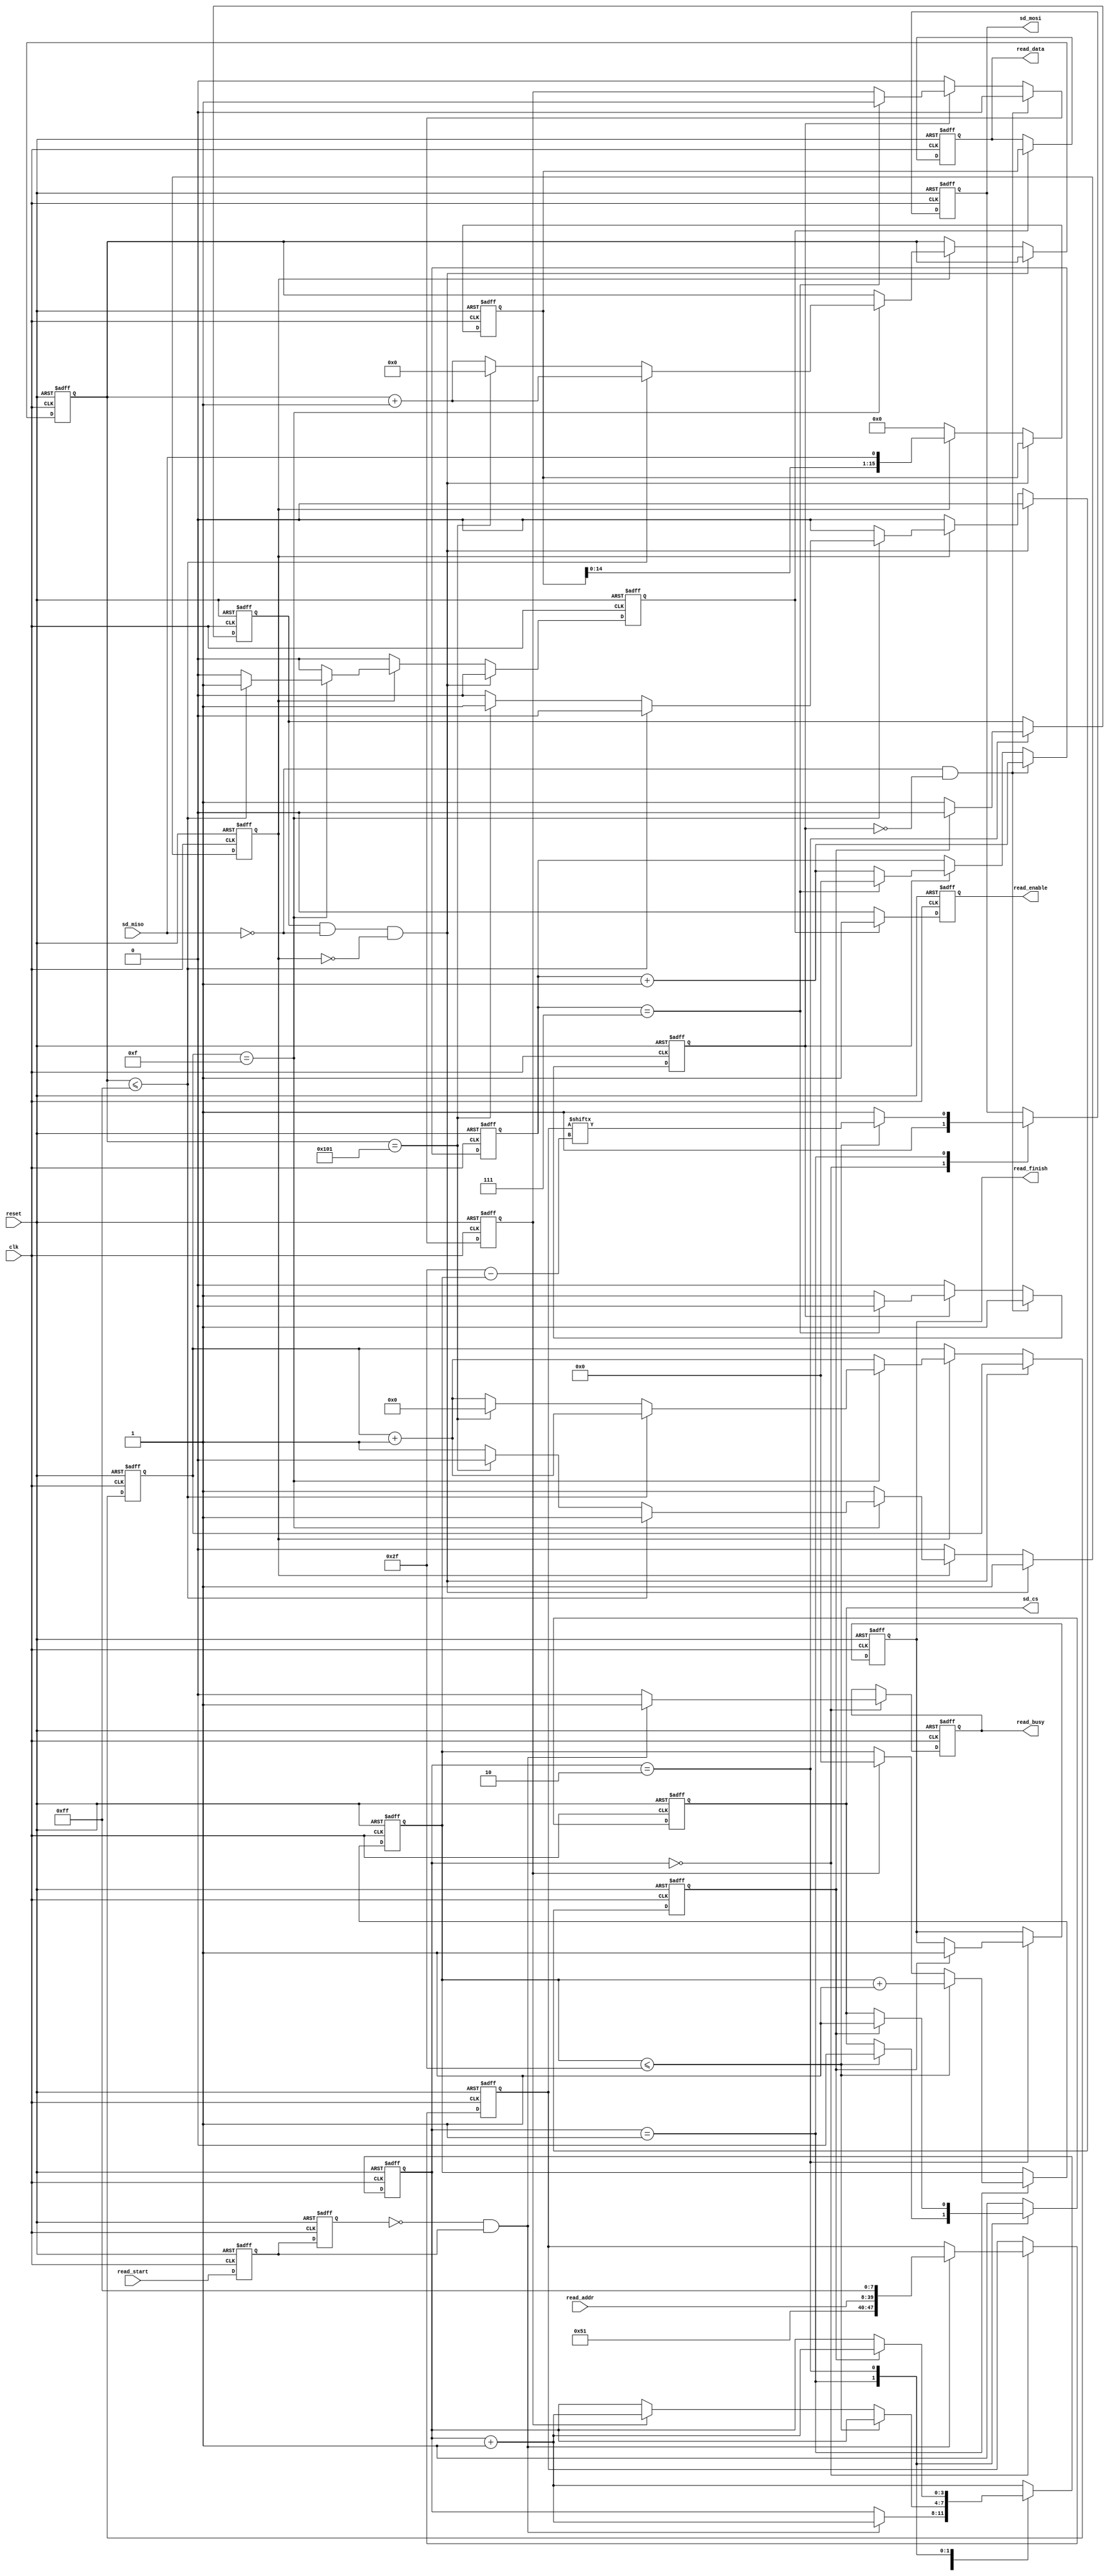
`timescale 1ns / 1ps
module sd_read(
    input clk,
    input reset, 

    input sd_miso,
    output reg sd_cs,
    output reg sd_mosi,
    
    input read_start,
    input [31:0]read_addr,                      
    output reg read_busy,
    output reg read_enable, 
    output reg [15:0]read_data, 
    
    output reg read_finish
    );

reg read_beat1;    
reg read_beat2;

reg res_enable;        
reg [7:0]res_data;                  
reg res_flag;                 
reg [5:0]res_bit_cnt;                 
                             
reg get_en_t;          
reg [15:0]get_data_t;          
reg get_flag;            
reg [3:0]get_bit_cnt;          
reg [8:0]get_data_cnt;            
reg get_finish_en;           
                             
reg [3:0]rd_ctrl_cnt;    
reg [47:0]read_cmd;   
reg [5:0]cmd_bit_cnt;     
reg rd_data_flag;  

wire pos_rd_en;    

assign  pos_rd_en = (~read_beat2) & read_beat1;

//
always @(posedge clk or negedge reset) 
begin
    if(!reset) 
    begin
        read_beat1 <= 1'b0;
        read_beat2 <= 1'b0;
    end    
    else 
    begin
        read_beat1 <= read_start;
        read_beat2 <= read_beat1;
    end        
end  

//sd,sd_clk
always @(negedge clk or negedge reset) 
begin
    if(!reset) 
    begin
        res_enable <= 1'b0;
        res_data <= 8'd0;
        res_flag <= 1'b0;
        res_bit_cnt <= 6'd0;
    end    
    else 
    begin
        //sd_miso = 0 
        if(sd_miso == 1'b0 && res_flag == 1'b0) 
        begin
            res_flag <= 1'b1;
            res_data <= {res_data[6:0],sd_miso};
            res_bit_cnt <= res_bit_cnt + 6'd1;
            res_enable <= 1'b0;
        end    
        else if(res_flag) 
        begin
            res_data <= {res_data[6:0],sd_miso};
            res_bit_cnt <= res_bit_cnt + 6'd1;
            if(res_bit_cnt == 6'd7) 
            begin
                res_flag <= 1'b0;
                res_bit_cnt <= 6'd0;
                res_enable <= 1'b1; 
            end                
        end  
        else
            res_enable <= 1'b0;        
    end
end 

//SDsd_clk
always @(negedge clk or negedge reset) 
begin
    if(!reset) 
    begin
        get_en_t <= 1'b0;
        get_data_t <= 16'd0;
        get_flag <= 1'b0;
        get_bit_cnt <= 4'd0;
        get_data_cnt <= 9'd0;
        get_finish_en <= 1'b0;
    end    
    else 
    begin
        get_en_t <= 1'b0; 
        get_finish_en <= 1'b0;
        if(rd_data_flag && sd_miso == 1'b0 && get_flag == 1'b0)//0xfe 8'b1111_11100    
            get_flag <= 1'b1;   
        else if(get_flag) 
        begin
            get_bit_cnt <= get_bit_cnt + 4'd1;
            get_data_t <= {get_data_t[14:0],sd_miso};
            if(get_bit_cnt == 4'd15) 
            begin 
                get_data_cnt <= get_data_cnt + 9'd1;
                
                if(get_data_cnt <= 9'd255) //BLOCK512 = 256 * 16bit                        
                    get_en_t <= 1'b1;  
                else if(get_data_cnt == 9'd257) 
                begin   //CRC
                    get_flag <= 1'b0;
                    get_finish_en <= 1'b1;//              
                    get_data_cnt <= 9'd0;               
                    get_bit_cnt <= 4'd0;
                end    
            end                
        end       
        else
            get_data_t <= 16'd0;
    end    
end    

//
always @(posedge clk or negedge reset) 
begin
    if(!reset) 
    begin
        read_enable <= 1'b0;
        read_data <= 16'd0;
    end
    else 
    begin
        if(get_en_t) 
        begin
            read_enable <= 1'b1;
            read_data <= get_data_t;
        end    
        else
            read_enable <= 1'b0;
    end
end              

//
always @(posedge clk or negedge reset) 
begin
    if(!reset) 
    begin
        sd_cs <= 1'b1;
        sd_mosi <= 1'b1;        
        rd_ctrl_cnt <= 4'd0;
        read_cmd <= 48'd0;
        cmd_bit_cnt <= 6'd0;
        read_busy <= 1'b0;
        rd_data_flag <= 1'b0;
        
        read_finish <= 1'b0;
    end   
    else 
    begin
        case(rd_ctrl_cnt)
            4'd0 : 
            begin
                read_busy <= 1'b0;
                sd_cs <= 1'b1;
                sd_mosi <= 1'b1;
                if(pos_rd_en) 
                begin
                    read_cmd <= {8'h51,read_addr,8'hff}; 
                    rd_ctrl_cnt <= rd_ctrl_cnt + 4'd1;      
                    read_busy <= 1'b1;                      
                end    
            end
            4'd1 : 
            begin
                if(cmd_bit_cnt <= 6'd47) 
                begin             
                    cmd_bit_cnt <= cmd_bit_cnt + 6'd1;
                    sd_cs <= 1'b0;
                    sd_mosi <= read_cmd[6'd47 - cmd_bit_cnt]; 
                end    
                else 
                begin                                  
                    sd_mosi <= 1'b1;
                    if(res_enable) 
                    begin                        
                        rd_ctrl_cnt <= rd_ctrl_cnt + 4'd1; 
                        cmd_bit_cnt <= 6'd0;
                    end    
                end    
            end    
            4'd2 : 
            begin         
                rd_data_flag <= 1'b1;                       
                if(get_finish_en) 
                begin                     
                    rd_ctrl_cnt <= rd_ctrl_cnt + 4'd1; 
                    rd_data_flag <= 1'b0;
                    sd_cs <= 1'b1;
                    
                    read_finish <= 1'b1;
                end
            end        
            default : 
            begin      
                sd_cs <= 1'b1;
                rd_ctrl_cnt <= rd_ctrl_cnt + 4'd1;
            end    
        endcase
    end         
end

endmodule